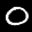
Label: 0